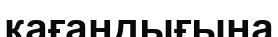
қағандығына